Kambja_algkool, lk 62
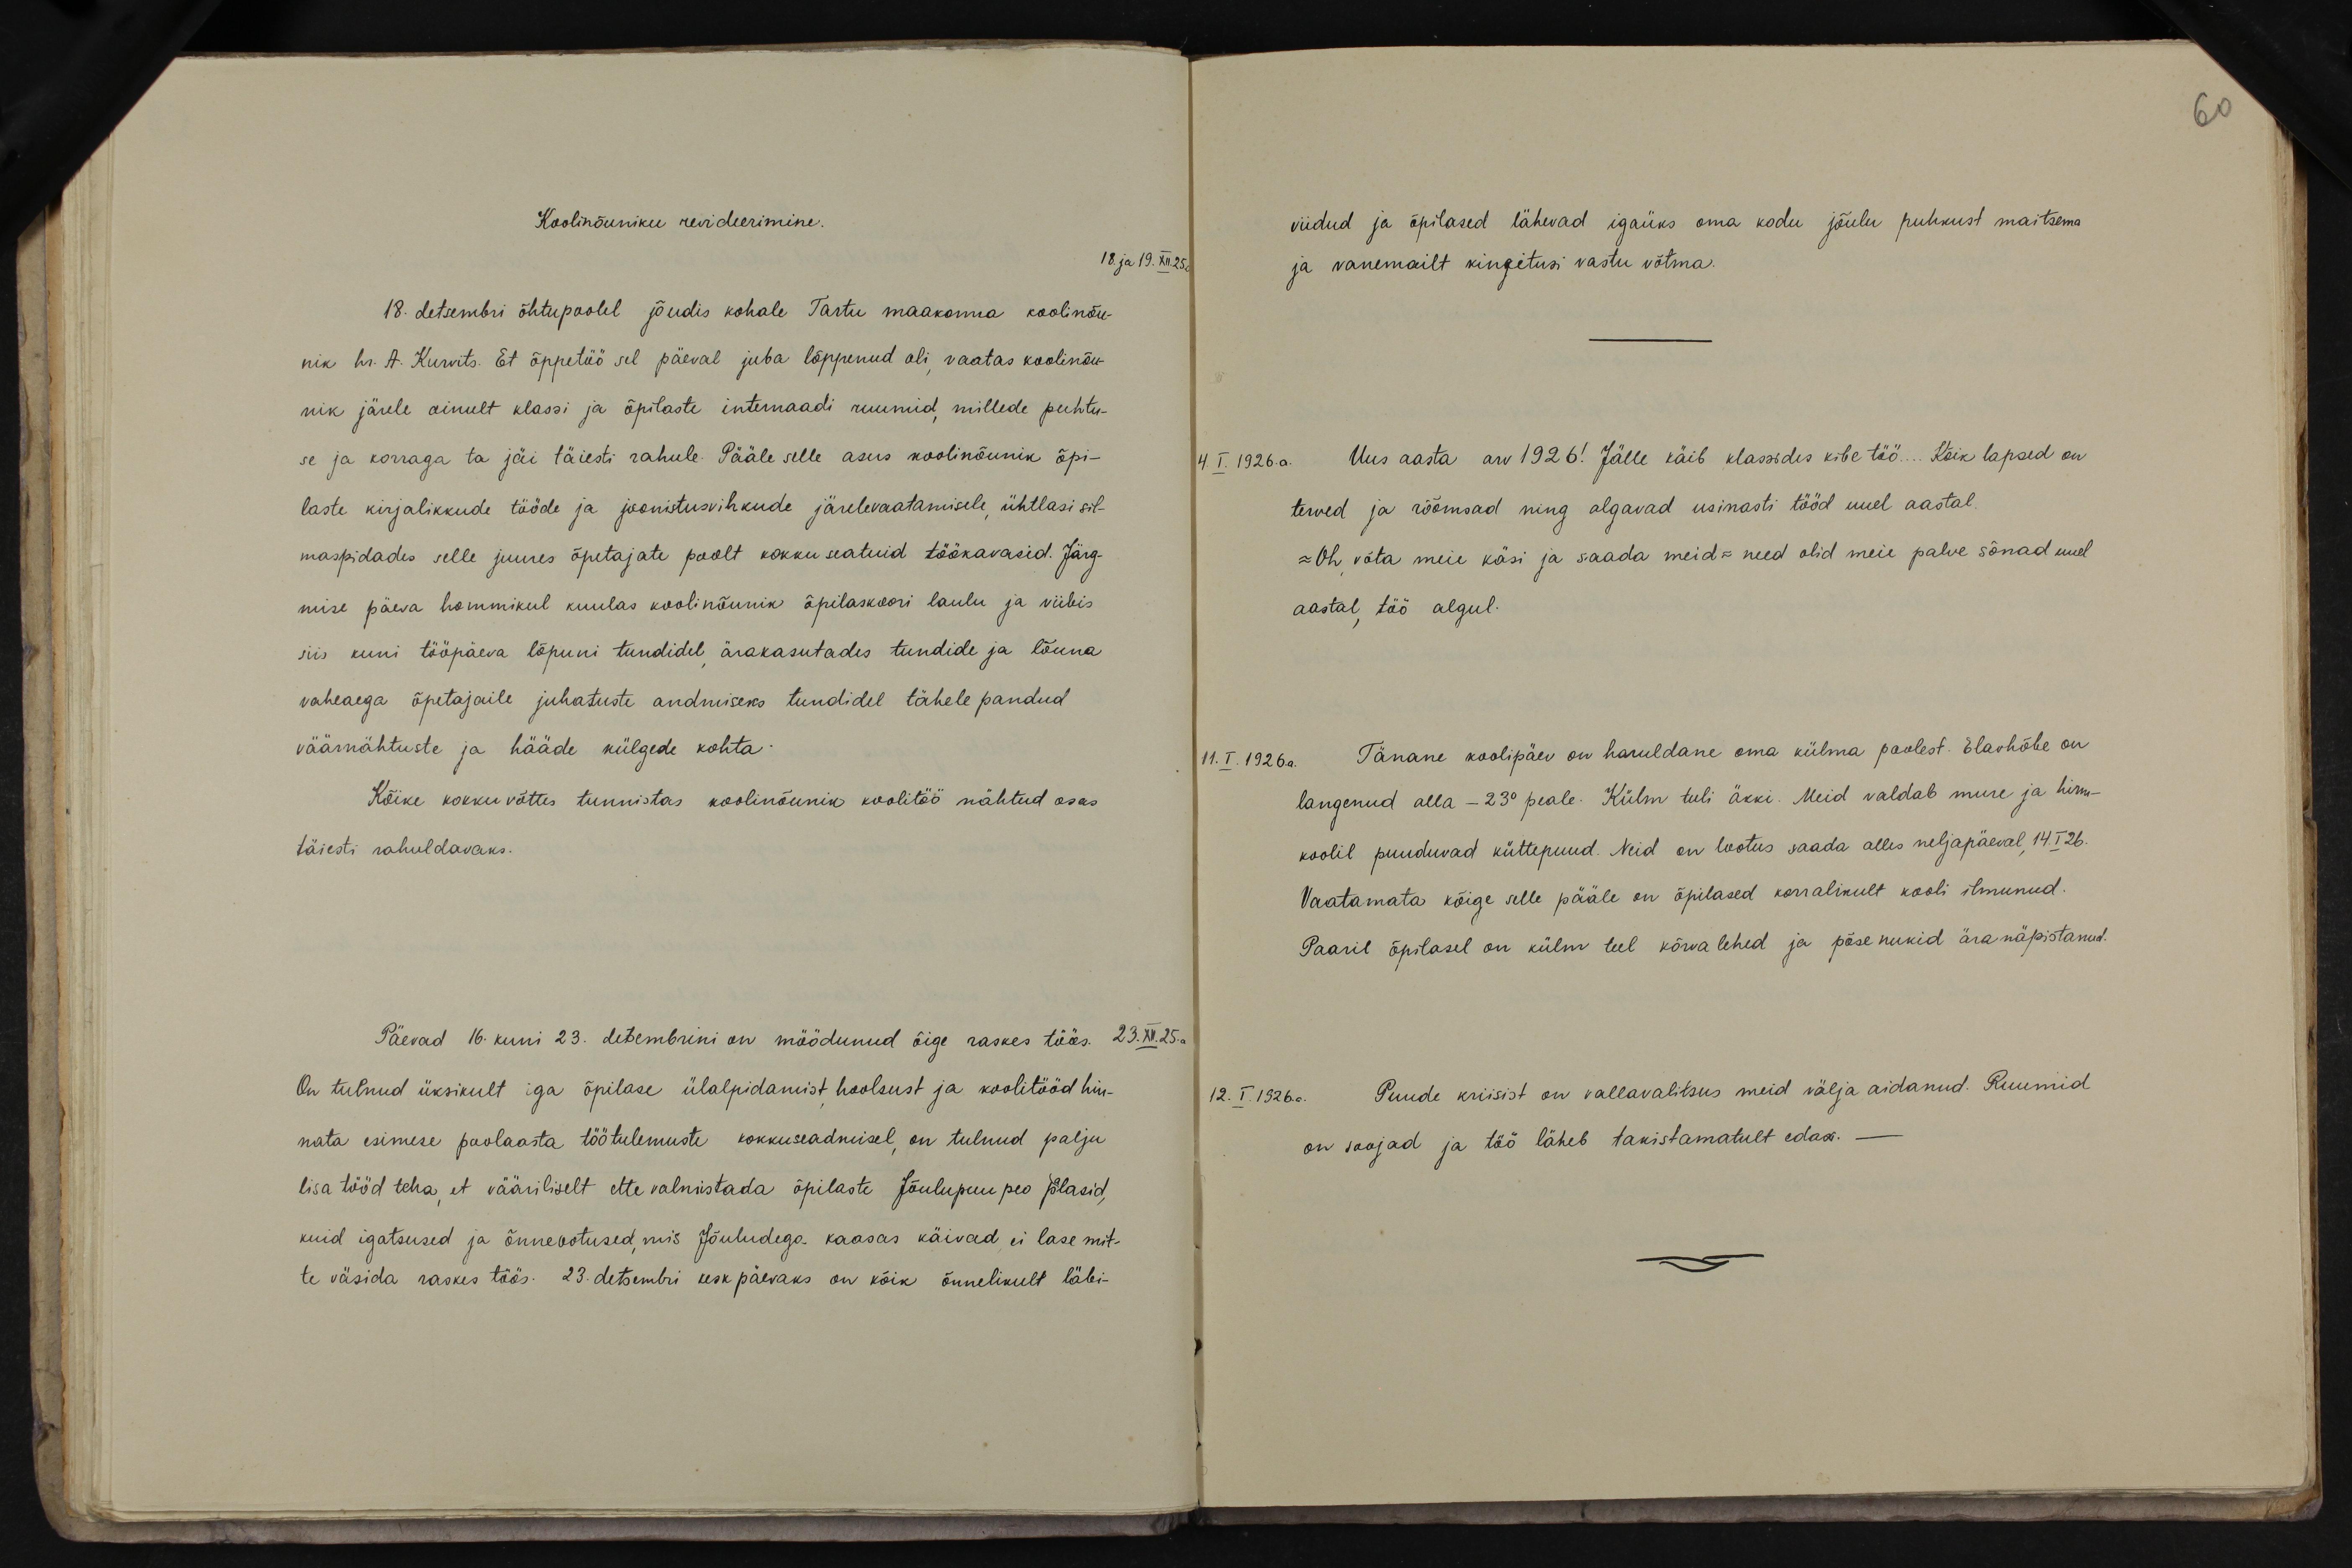
Koolinõuniku revideerimine.
18. ja 19. XII.25 a.
18. detsembri õhtupoolil jõudis kohale Tartu maakonna koolinõu-
nik hr. A. Kurvits. Et õppetöö sel päeval juba lõppenud oli, vaatas koolinõu-
nik järele ainult klassi ja õpilaste internaadi ruumid, millede puhtu-
se ja korraga ta jäi täiesti rahule. Pääle selle asus koolinõunik õpi-
laste kirjalikkude tööde ja joonistusvihkude järelevaatamisele, ühtlasi sil-
maspidades selle juures õpetajate poolt kokku seatuid töökavasid. Järg-
mise päeva hommikul kuulas koolinõunik õpilaskoori laulu ja viibis
siis kuni tööpäeva lõpuni tundidel ärakasutades tundide ja lõuna
vaheaega õpetajaile juhatuste andmiseks tundidel tähele pandud
väärnähtuste ja hääde külgede kohta-
Kõike kokku võttes tunnistas koolinõunik koolitöö nähtud osas
täiesti rahuldavaks.
Päevad 16. kuni 23. detembrini on möödunud õige raskes töös. 23. XII. 25. a
On tulnud üksikult iga õpilase ülalpidamist hoolsust ja koolitööd hin-
nata esimese poolaasta töötulemuste kokkuseadmisel, on tulnud palju
lisa tööd teha, et vääriliselt ette valmistada õpilaste Jõulupuu peo palasid,
kuid igatsused ja õnneootused, mis Jõuludega kaasas käivad ei lase mit-
te väsida raskes töös. 23. detsembri eeskpäevaks on kõik õnnelikult läbi-

60
viidud ja õpilased lähevad igaüks oma kodu jõulu puhkust maitsema
ja vanemailt kingitusi vastu võtma.
4. I. 1926 a. Uus aasta arv 1926! Jälle käib klassides kibe töö... Kõik lapsed on
terved ja rõõmsad ning algavad usinasti tööd uuel aastal.
- Oh võta meie käsi ja saada meid = need olid meie palve sõnad uuel
aastal, töö algul.
11.I.1926a. Tänane koolipäev on haruldane oma külma poolest. Elavhõbe on
langenud alla - 23° peale. Külm tuli äkki. Meid valdab mure ja hirm-
koolil puuduvad küttepuud. Neid on lootus saada alles neljapäeval, 14.I 26.
Vaatamata kõige selle pääle on õpilased korralikult kooli ilmunud.
Paaril õpilasel on külm teel kõrvalehed ja põsenukid ära näpistanud.
12.I.1926. Puude kriisist on vallavalitsus meid välja aidanud. Ruumid
on soojad ja töö läheb takistamatult edasi.-